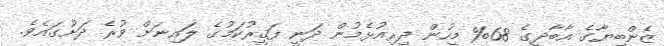
ޒެންބިޔާގެ އާބާދީގެ 68% މީހުން ދިރިއުޅެމުން ދަނީ ފަޤީރުކަމުގެ ލައިނަށް ވުރެ ދަށުގައެވެ.